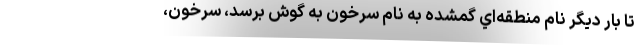
تا بار ديگر نام منطقه‌اي گمشده به نام سرخون به گوش برسد، ‌سرخون،